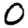
Digit: 0